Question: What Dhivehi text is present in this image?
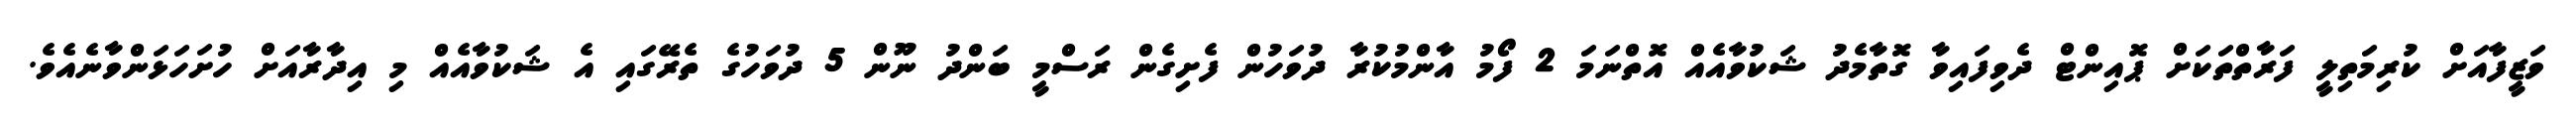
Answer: ވަޒީފާއަށް ކުރިމަތިލީ ފަރާތްތަކަށް ޕޮއިންޓް ދެވިފައިވާ ގޮތާމެދު ޝަކުވާއެއް އޮތްނަމަ 2 ފޯމު އާންމުކުރާ ދުވަހުން ފެށިގެން ރަސްމީ ބަންދު ނޫން 5 ދުވަހުގެ ތެރޭގައި އެ ޝަކުވާއެއް މި އިދާރާއަށް ހުށަހަޅަންވާނެއެވެ.